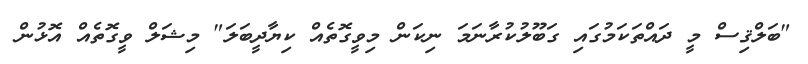
"ބަލްޤިސް މީ ދައްތަކަމުގައި ގަބޫލުކުރާނަމަ ނިކަން މިވީގޮތެއް ކިޔާދީބަލަ" މިޝަލް ވީގޮތެއް އޮޅުން